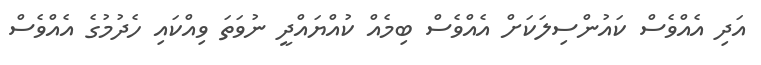
އަދި އެއްވެސް ކައުންސިލަކަށް އެއްވެސް ބިމެއް ކުއްޔައްދީ ނުވަތަ ވިއްކައި ހެދުމުގެ އެއްވެސް